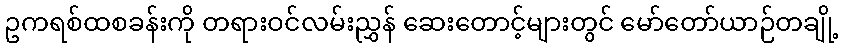
ဥကရစ်ထစခန်းကို တရားဝင်လမ်းညွှန် ဆေးတောင့်များတွင် မော်တော်ယာဉ်တချို့